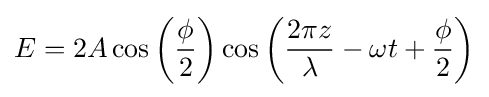
E=2A\cos \left({\phi  \over 2}\right)\cos \left({2\pi z \over \lambda }-\omega t+{\phi  \over 2}\right)